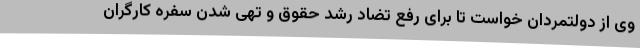
وی از دولتمردان خواست تا برای رفع تضاد رشد حقوق و تهی شدن سفره کارگران